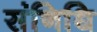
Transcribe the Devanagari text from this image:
संनिधि